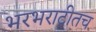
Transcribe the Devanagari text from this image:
भरभराटीतच